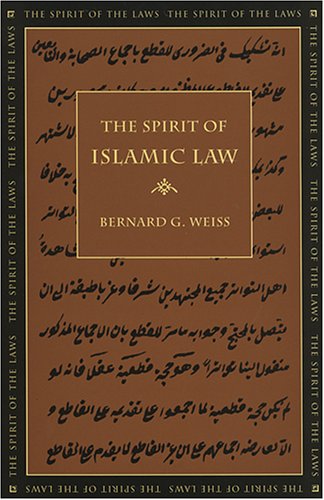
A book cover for The Spirit of Islamic Law (The Spirit of the Laws); Bernard G. Weiss; Law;